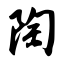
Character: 陶